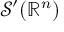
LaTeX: { \mathcal { S } } ^ { \prime } ( \mathbb { R } ^ { n } )